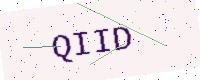
Text: QIID